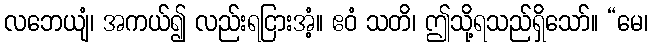
လဘေယျံ၊ အကယ်၍ လည်းရငြားအံ့။ ဧဝံ သတိ၊ ဤသို့ရသည်ရှိသော်။ “မေ၊